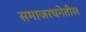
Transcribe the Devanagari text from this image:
समाजरचनेतील